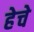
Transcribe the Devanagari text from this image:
हेचे